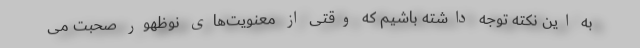
به این نکته توجه داشته باشیم که وقتی از معنویت‌های نوظهور صحبت می